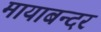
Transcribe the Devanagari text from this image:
मायाबन्दर